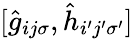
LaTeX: [\hat{g}_{ij\sigma},\hat{h}_{i^{\prime}j^{\prime}\sigma^{\prime}}]